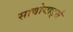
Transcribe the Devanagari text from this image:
सावोयार्ड्स